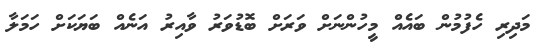
މަދިރި ހެފުމުން ބައެއް މީހުންނަށް ވަރަށް ބޮޑުވަރު ވާއިރު އަނެއް ބަޔަކަށް ހަމަލާ